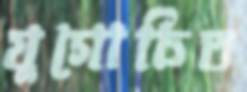
যুগোচিত